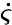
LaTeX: \dot{\varsigma}